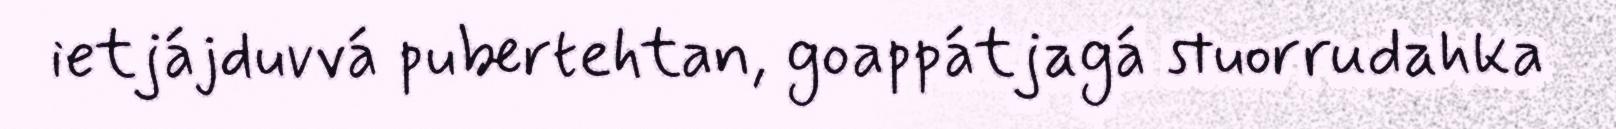
ietjájduvvá pubertehtan, goappátjagá stuorrudahka